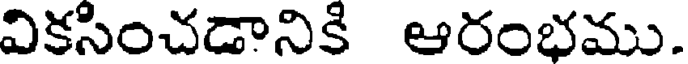
వికసించడానికి ఆరంభము.